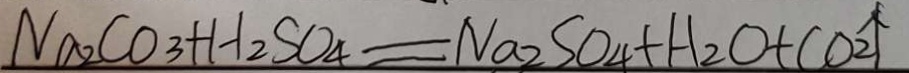
N a _ { 2 } C O _ { 3 } + H _ { 2 } S O _ { 4 } = N a _ { 2 } S O _ { 4 } + H _ { 2 } O + C O _ { 2 } \uparrow